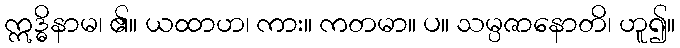
ဣဒ္ဓိနာမ၊ ၏။ ယထာဟ၊ ကား။ ကတမာ။ ပ။ သမ္ပဇာနောတိ၊ ဟူ၍။